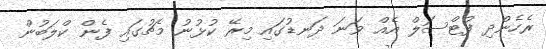
ރެހެންދި ފުޓްސަލް އެއް ވަނަ ދަނޑުގައި މިރޭ ކުޅުނު މެޗުގައި ފެން ކްލަބުން